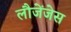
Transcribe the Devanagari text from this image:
लौजेंजेस